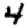
Digit: 4